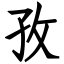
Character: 孜